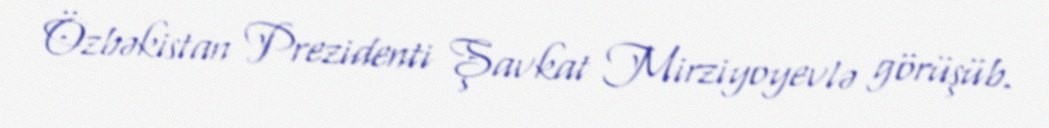
Özbəkistan Prezidenti Şavkat Mirziyoyevlə görüşüb.